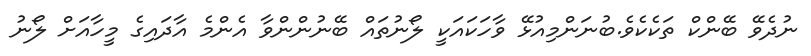
ނުދެވޭ ބޭންކް ތަކެކެވެ.ބުނަންމިއުޅޭ ވާހަކައަކީ ލޯނުތައް ބޭނުންންވާ އެންމެ އާދައިގެ މީހާއަށް ލޯނު